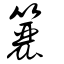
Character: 籭